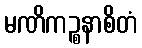
မဏိကဉ္စနာစိတံ